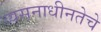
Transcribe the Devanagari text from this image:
व्यसनाधीनतेचे